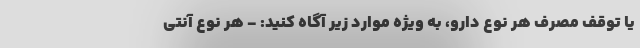
یا توقف مصرف هر نوع دارو، به ویژه موارد زیر آگاه کنید: - هر نوع آنتی